Alphabetical list of drugs, medicines and other preparations free from, and containing, spirit compiled from the results of tests made by the customs houses at Calcutta, Bombay, and Madras
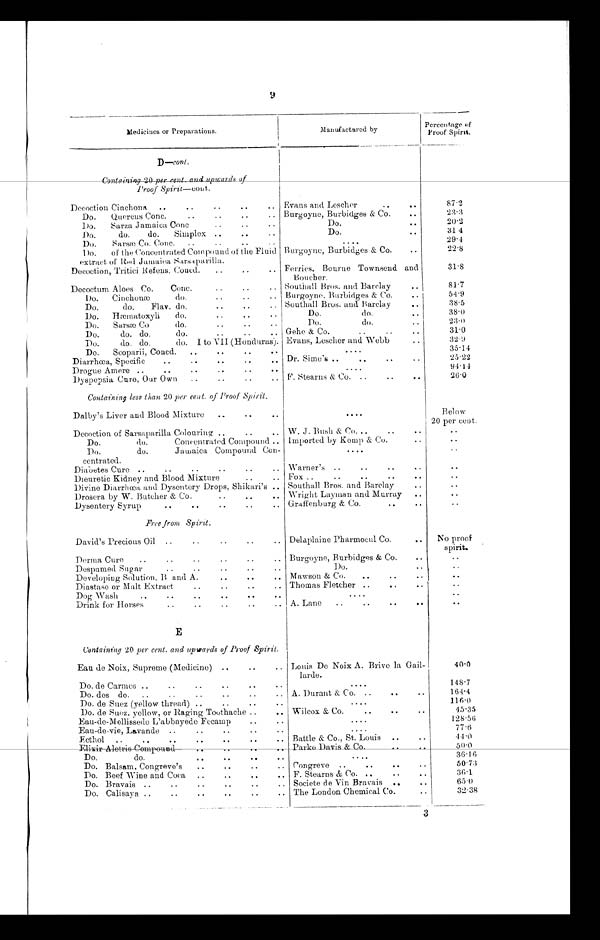
9
Medicines or Preparations.
Manufactured by
Percentage of
Proof Spirit.
D—cont.
Containing 20 per cent. and upwards of
Proof Spirit—cont.
Decoction Cinchona
Evans and Lescher
87.2
Do.
Quercus Conc.
Burgoyne, Burbidges & Co.
2 3 . 3
Do.
Sarza Jamaica Cone
Do.
20.2
Do.
do.
do.
Simplex
Do.
31.4
Do.
Sarsæ Co. Conc .
29.4
Do.
of the Concentrated Compound of the Fluid
extract of Red Jamaica S arsa parilla.
Burgoyne, Burbidges & Co.
22.8
Decoction, Tritici Refens, Coned.
Ferries, Bourne Townsend and
Boucher.
31.8
Decoctum Aloes Co. Conc.
Southall Bros. and Barclay
81.7
Do.
Cinchonæ
do.
Burgoyne, Burbidges & Co.
54.9
Do.
do.
Flav. do.
Southall Bros. and Barclay
38.5
Do.
Hæmatoxyli
do.
Do.
do.
38.0
Do.
Sarsæ Co
do.
Do.
do.
2 3 . 0
Do.
do. do.
do.
Gehe & Co.
31.0
Do.
do. do.
do. I to VII (Honduras). Evans, Lescher and Webb
32.9
Do.
Scoparii, Coned.
35.14
Diarrhœa, Specific
Dr. Sime's
25.22
Drogue Amere
94.14
Dyspepsia, Cure, Our Own
F. Stearns & Co.
26.0
Containing less than 20 per cent. of Proof Spirit.
Dalby's Liver and Blood Mixture
Below
20 per cent.
Decoction of Sarsaparilla Colouring:
W. J. Bush & Co.
Do.
do.
Concentrated Compound
Imported by Kemp & Co.
Do.
do.
Jamaica Compound Con
¬ c
e n t r a t e d .
Diabetes Cure
Warner's
Dieuretic Kidney and Blood Mixture
Fox
Divine Diarrhœa and Dysentery Drops, Shikari's
Southall Bros. and Barclay
Drosera by W. Butcher & Co.
Wright Layman and. Murray
Dysentery Syrup
Graffenburg & Co.
Free from Spirit.
David's Precious Oil
Delaplaine Pharmocul Co.
No proof
spirit.
Derma Cure
Burgoyne, Burbidges & Co.
Despumed Sugar
Do.
Developing Solution, B and A.
Mawson & Co.
Diastase or Malt Extract
Thomas Fletcher
Dog Wash
Drink for Horses
A. Lane
E
Containing 20 per cent. and upwards of Proof Spirit.
Ean de Noix, Supreme (Medicine)
Louis De Noix A. Brive la Gail
¬ larde.
4 0 . 0
Do. de Carmes
148.7
Do. des do.
A. Durant & Co.
164.4
Do. de Suez (yellow thread)
116.0
Do. de Suez. yellow, or Raging Toothache
Wilcox & Co.
45.35
Eau-de-Mellissede L'abbayede Fecamp
128.56
Eau-de-vie, Lavande
77.6
Eethol
Battle & Co., St. Louis
44.0
E l i x i r A l e t r i s C o m p o u n d
Parke Davis & Co.
50. 0
Do.
do.
36.16
Do. Balsam, Congreve's
Congreve
50.73
Do. Beef Wine and Coca
F. Stearns & Co.
3 6 . 1
Do. Bravais
Societe de Vin Bravais
65.0
Do. Calisaya
The London Chemical Co.
32.38